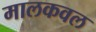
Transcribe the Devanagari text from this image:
मालकवल